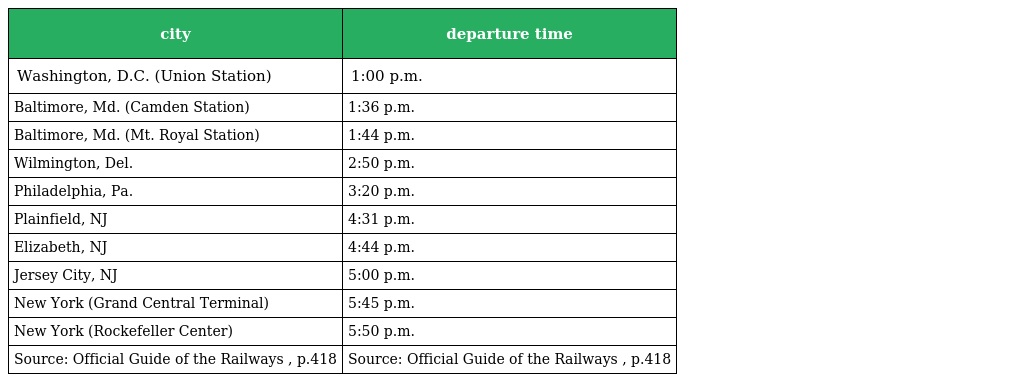
| city | departure time |
 | --- | --- |
 | Washington, D.C. (Union Station) | 1:00 p.m. |
 | Baltimore, Md. (Camden Station) | 1:36 p.m. |
 | Baltimore, Md. (Mt. Royal Station) | 1:44 p.m. |
 | Wilmington, Del. | 2:50 p.m. |
 | Philadelphia, Pa. | 3:20 p.m. |
 | Plainfield, NJ | 4:31 p.m. |
 | Elizabeth, NJ | 4:44 p.m. |
 | Jersey City, NJ | 5:00 p.m. |
 | New York (Grand Central Terminal) | 5:45 p.m. |
 | New York (Rockefeller Center) | 5:50 p.m. |
 | Source: Official Guide of the Railways , p.418 | Source: Official Guide of the Railways , p.418 |